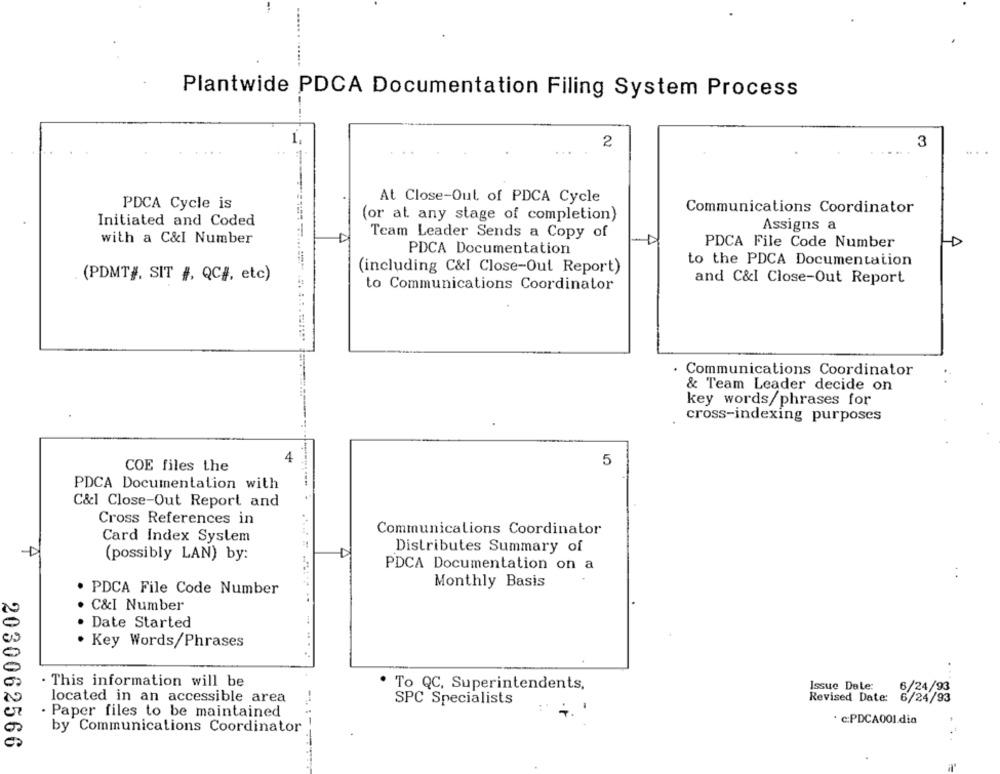
Plantwide PDCA Documentation Filing System Process
1,
2
3
At Close-Out, of PDCA Cycle
PDCA Cycle is
Communications Coordinator
(or at any stage of completion)
Initiated and Coded
Assigns a
with a C&I Number
Team Leader Sends a Copy of
PDCA File Code Number
PDCA Documentation
to the PDCA Documentation
(including C&I Close-Out Report)
(PDMT}, SIT #, QCJ, etc)
to Communications Coordinator
and C&I Close-Out Report
Communications Coordinator
& Team Leader decide on
key words/phrases for
cross-indexing purposes
4
5
COE files the
PDCA Documentation with
C&1 Close-Out Report and
Cross References in
Communications Coordinator
Card Index System
Distributes Summary of
(possibly LAN) by:
PDCA Documentation on a
Monthly Basis
PDCA File Code Number
C&I Number
Date Started
Key Words/Phrases
0
0
. This information will be
· To QC, Superintendents,
Issue Date:
6/24/93
located in an accessible area
SPC Specialists
Revised Date: 6/24/93
Paper files to be maintained
. c:PDCA001.dia
by Communications Coordinator
2030062566